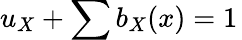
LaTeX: u_{X}+\sum b_{X}(x)=1\,